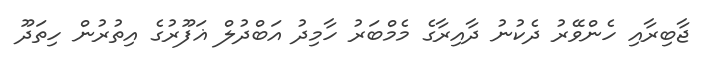
ޖާބިރާއި ހެންވޭރު ދެކުނު ދާއިރާގެ މެމްބަރު ހާމިދު އަބްދުލް ޣަފޫރުގެ އިތުރުން ހިތަދޫ